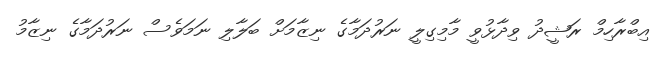
އިބްރާހިމް ރަޝީދު ވިދާޅުވީ މާމިގިލީ ނަރުދަމާގެ ނިޒާމަށް ބަލާލި ނަމަވެސް ނަރުދަމާގެ ނިޒާމު